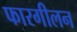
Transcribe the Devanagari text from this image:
फारगीलन